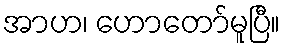
အာဟ၊ ဟောတော်မူပြီ။